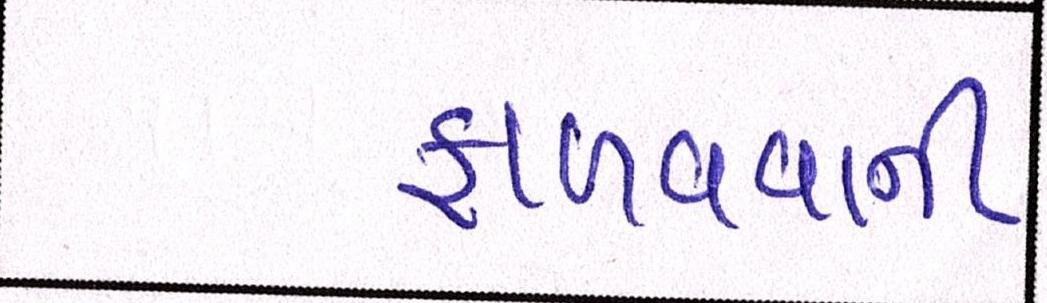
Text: ફાળવવાની